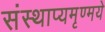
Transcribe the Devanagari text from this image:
संस्थाप्यमृण्मये